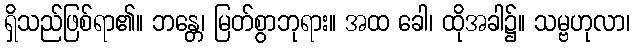
ရှိသည်ဖြစ်ရာ၏။ ဘန္တေ၊ မြတ်စွာဘုရား။ အထ ခေါ၊ ထိုအခါ၌။ သမ္ဗဟုလာ၊